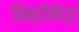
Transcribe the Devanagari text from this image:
विक्रीकेंद्र